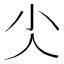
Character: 𰍩